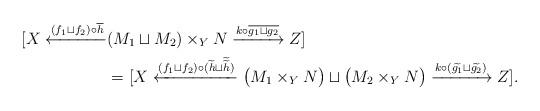
LaTeX: \begin{align*}[X \xleftarrow {(f_1 \sqcup f_2) \circ \overline h } & (M_1 \sqcup M_2) \times_Y N \xrightarrow {k\circ \overline {g_1 \sqcup g_2}} Z] \\&= [X \xleftarrow {(f_1 \sqcup f_2) \circ (\widetilde h \sqcup \widetilde {\widetilde h})} \bigl (M_1 \times_Y N \bigr) \sqcup \bigl (M_2 \times_Y N \bigr) \xrightarrow {k\circ (\widetilde {g_1} \sqcup \widetilde {g_2})} Z].\end{align*}